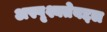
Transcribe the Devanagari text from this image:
अस्पृश्यतेबद्दल